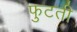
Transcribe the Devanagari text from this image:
फुटती